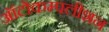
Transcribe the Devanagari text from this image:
ऑटोकम्पलीशन